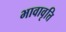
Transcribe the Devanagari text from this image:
भावावृत्ति